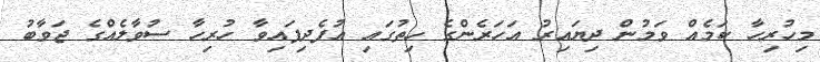
މިހުރިހާ ކަމެއް ވަމުން ދިޔައިރު އަހަރެންގެ ހިތުގައި އުފެދިފައިވާ ހުރިހާ ސުވާލެއްގެ ޖަވާބު